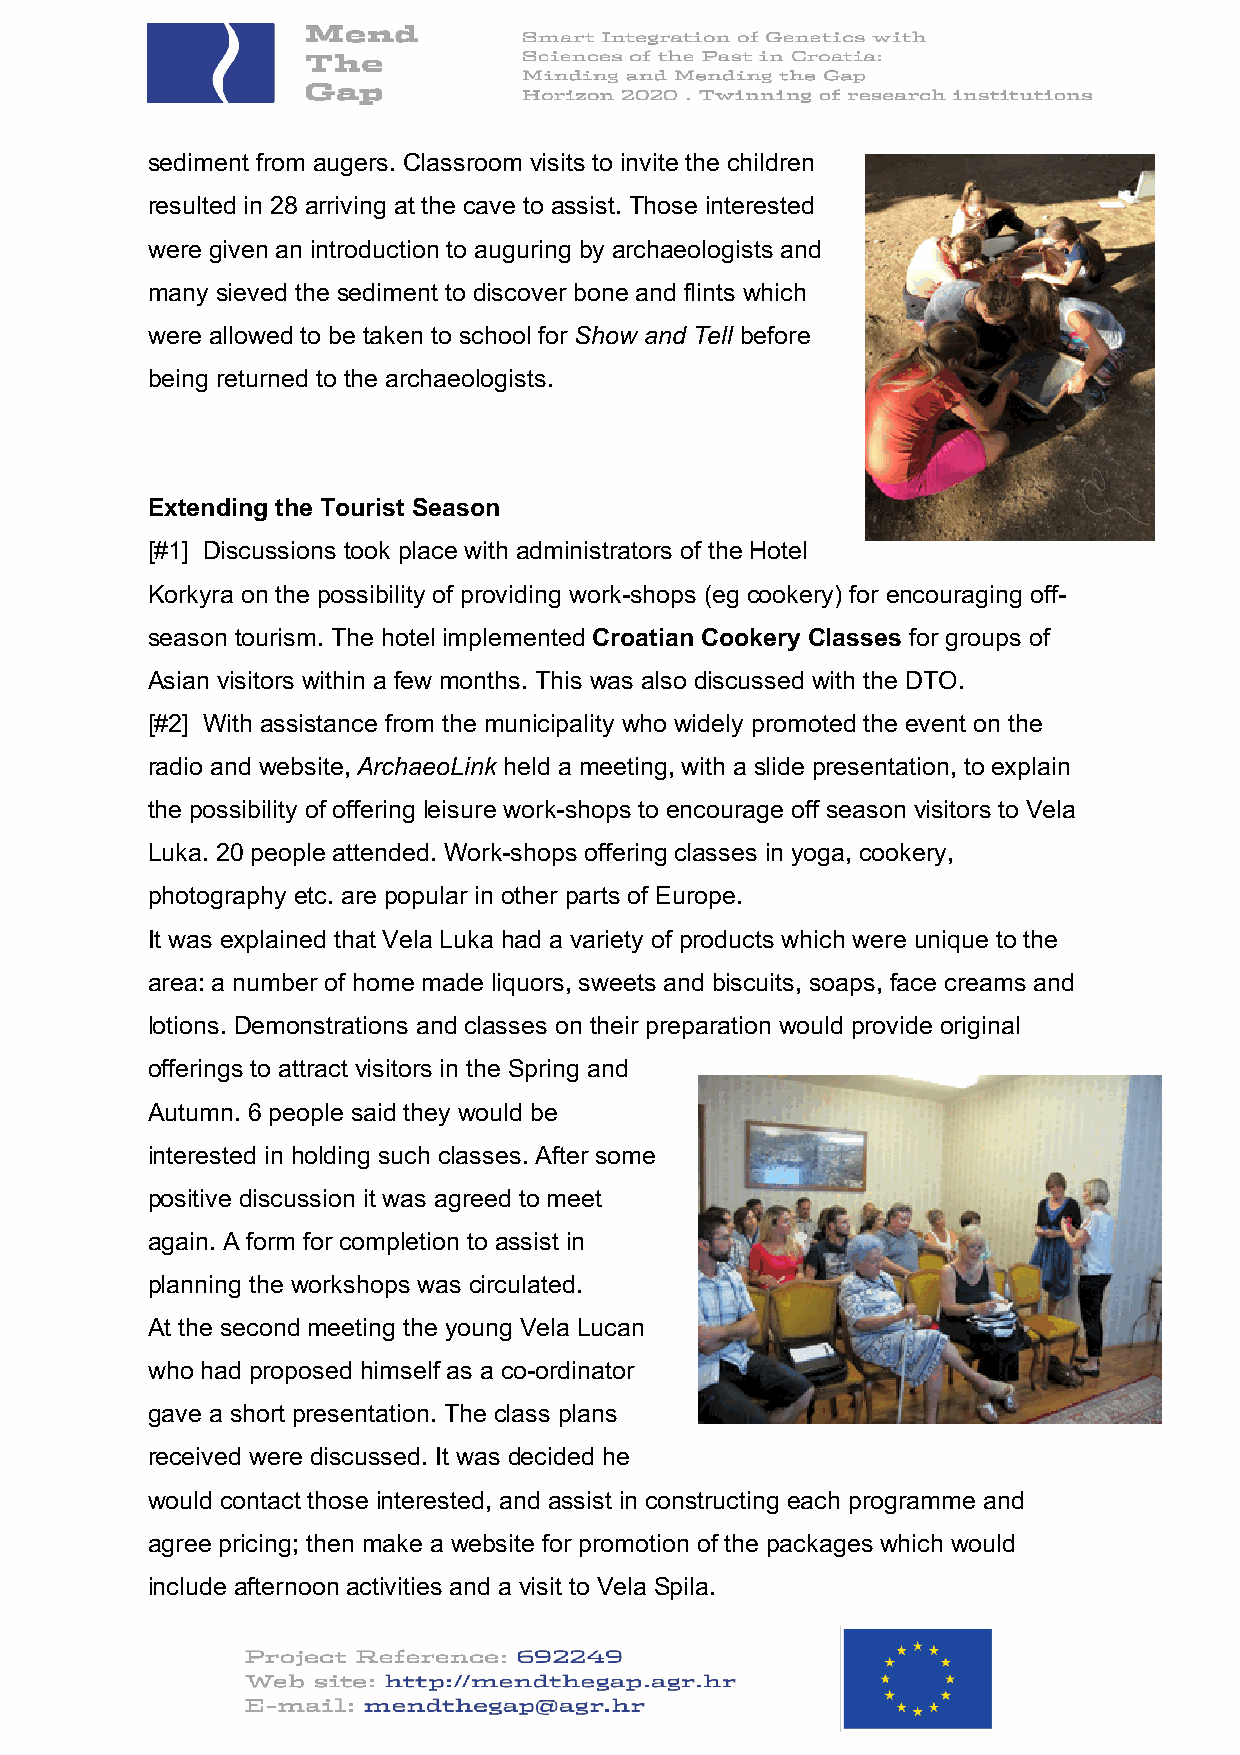
sediment from augers. Classroom visits to invite the children
 resulted in 28 arriving at the cave to assist. Those interested
 were given an introduction to auguring by archaeologists and
 many sieved the sediment to discover bone and flints which
 were allowed to be taken to school for Show and Tell before
 being returned to the archaeologists.
 Extending the Tourist Season
 [#1] Discussions took place with administrators of the Hotel
 Korkyra on the possibility of providing work-shops (eg cookery) for encouraging off-
 season tourism. The hotel implemented Croatian Cookery Classes for groups of
 Asian visitors within a few months. This was also discussed with the DTO.
 [#2] With assistance from the municipality who widely promoted the event on the
 radio and website, ArchaeoLink held a meeting, with a slide presentation, to explain
 the possibility of offering leisure work-shops to encourage off season visitors to Vela
 Luka. 20 people attended. Work-shops offering classes in yoga, cookery,
 photography etc. are popular in other parts of Europe.
 It was explained that Vela Luka had a variety of products which were unique to the
 area: a number of home made liquors, sweets and biscuits, soaps, face creams and
 lotions. Demonstrations and classes on their preparation would provide original
 offerings to attract visitors in the Spring and
 Autumn. 6 people said they would be
 interested in holding such classes. After some
 positive discussion it was agreed to meet
 again. A form for completion to assist in
 planning the workshops was circulated.
 At the second meeting the young Vela Lucan
 who had proposed himself as a co-ordinator
 gave a short presentation. The class plans
 received were discussed. It was decided he
 would contact those interested, and assist in constructing each programme and
 agree pricing; then make a website for promotion of the packages which would
 include afternoon activities and a visit to Vela Spila.